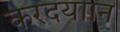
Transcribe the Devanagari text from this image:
करदयाान